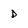
Character: D